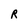
Character: R